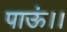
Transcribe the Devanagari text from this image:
पाऊं।।